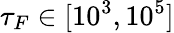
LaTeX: \tau_{F}\in[10^{3},10^{5}]